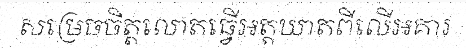
សម្រេចចិត្តលោតធ្វើអត្តឃាតពីលើអគារ